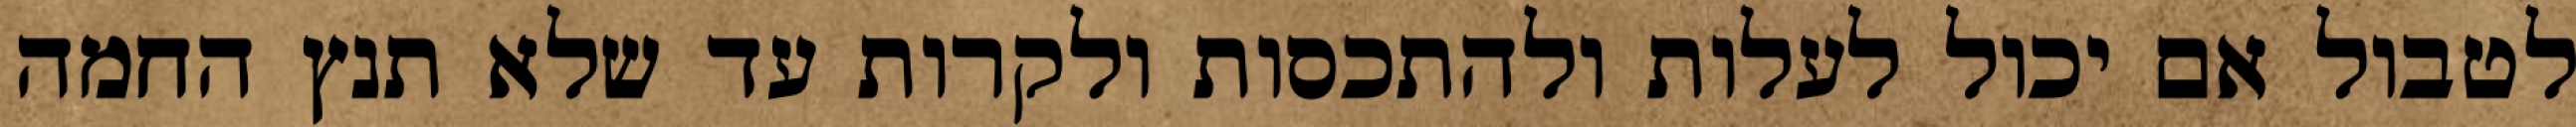
לטבול אם יכול לעלות ולהתכסות ולקרות עד שלא תנץ החמה